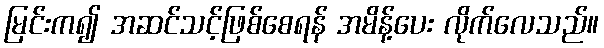
မြင်းက၍ အဆင်သင့်ဖြစ်စေရန် အမိန့်ပေး လိုက်လေသည်။